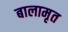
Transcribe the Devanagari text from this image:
बालामृत